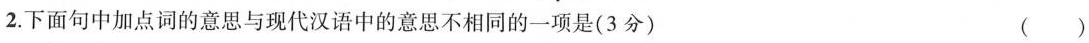
2.下面句中加点词的意思与现代汉语中的意思不相同的一项是(3分) （ ）